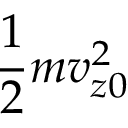
\frac { 1 } { 2 } m v _ { z 0 } ^ { 2 }